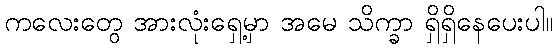
ကလေးတွေ အားလုံးရှေ့မှာ အမေ သိက္ခာ ရှိရှိနေပေးပါ။